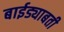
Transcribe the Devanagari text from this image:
बाईड्याबती